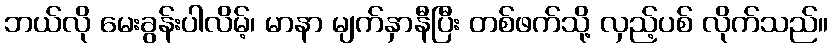
ဘယ်လို မေးခွန်းပါလိမ့်၊ မာနာ မျက်နှာနီပြီး တစ်ဖက်သို့ လှည့်ပစ် လိုက်သည်။